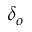
\delta _ { o }